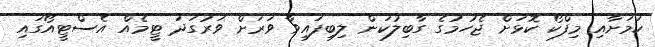
ކަމަށާއި މިފްކޯ ކޮޅަށް ޖެހުމުގެ ގާބިލުކަން ލިބިފައިވާ ވަރަށް ވަރުގަދަ ޓީމެއް އެސްޓީއޯގައި